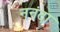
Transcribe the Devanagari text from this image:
ननंदा